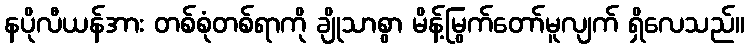
နပိုလီယန်အား တစ်စုံတစ်ရာကို ချိုသာစွာ မိန့်မြွက်တော်မူလျက် ရှိလေသည်။